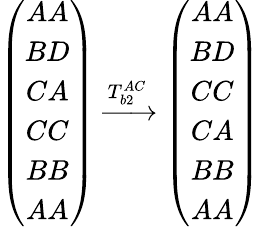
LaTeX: \begin{array}{r}{\left(\begin{array}{c}{AA}\\ {BD}\\ {CA}\\ {CC}\\ {BB}\\ {AA}\end{array}\right)\xrightarrow{T_{b2}^{AC}}\left(\begin{array}{c}{AA}\\ {BD}\\ {CC}\\ {CA}\\ {BB}\\ {AA}\end{array}\right)}\end{array}